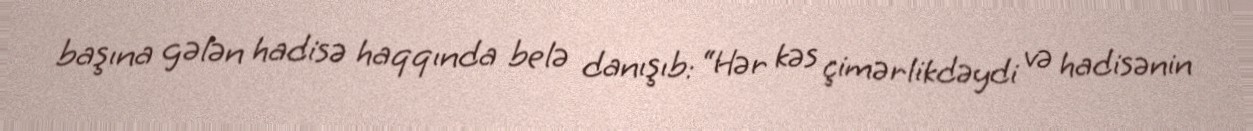
başına gələn hadisə haqqında belə danışıb: “Hər kəs çimərlikdəydi və hadisənin